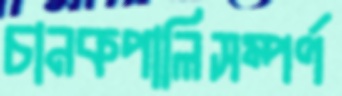
চানকপালিসম্পর্ণ